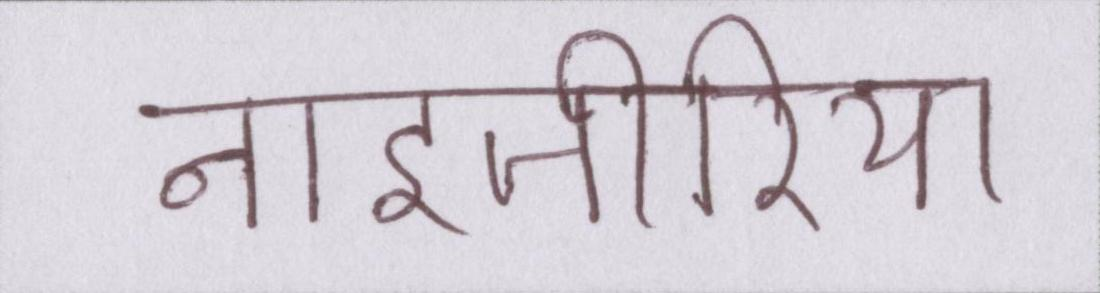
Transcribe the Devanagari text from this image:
नाइजीरिया